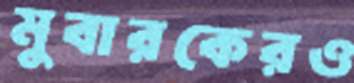
মুবারকেরও